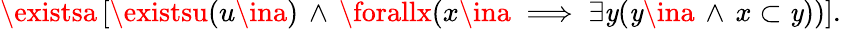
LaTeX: \existsa\, [\existsu(u\ina)\, \land\, \forallx(x\ina\implies\exists\mathit{y}(\mathit{y}\ina\, \land\, x\subset\mathit{y}))].